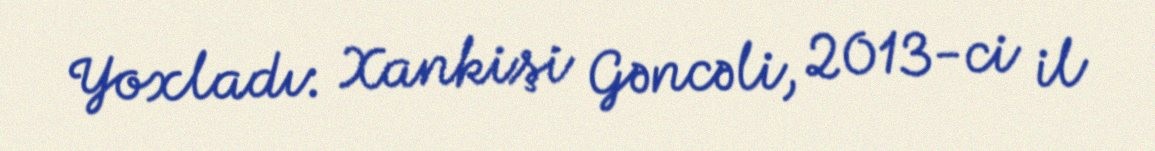
Yoxladı: Xankişi Gəncəli, 2013-ci il